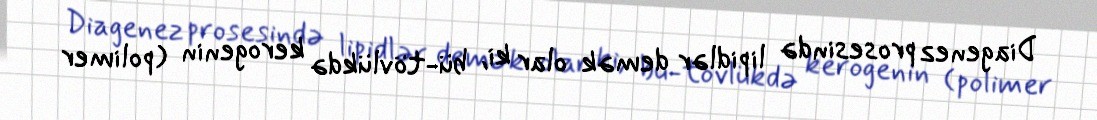
Diagenez prosesində lipidlər demək olar ki, bü-tövlükdə kerogenin (polimer